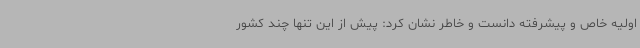
اولیه خاص و پیشرفته‌ دانست و خاطر نشان کرد: پیش از این تنها چند کشور